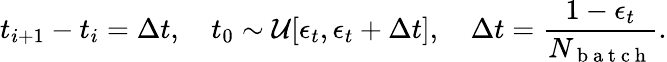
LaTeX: t_{i+1}-t_{i}=\Delta t,\quad t_{0}\sim\mathcal{U}[\epsilon_{t},\epsilon_{t}+\Delta t],\quad\Delta t=\frac{1-\epsilon_{t}}{N_{\mathrm{~b~a~t~c~h~}}}.